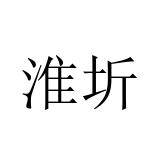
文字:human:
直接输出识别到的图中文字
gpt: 淮圻